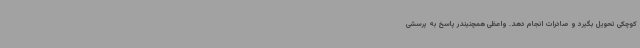
کوچکی تحویل بگیرد و صادرات انجام دهد. واعظی همچنیندر پاسخ به پرسشی